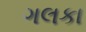
ગલકા